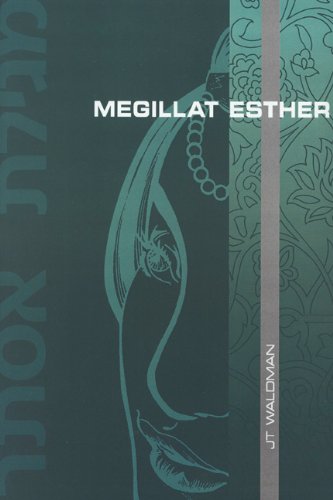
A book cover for Megillat Esther; JT Waldman; Comics & Graphic Novels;